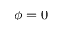
\phi = 0